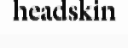
headskin